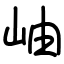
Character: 岫